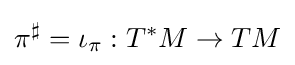
\pi ^{\sharp }=\iota _{\pi }:T^{*}M\to TM